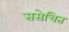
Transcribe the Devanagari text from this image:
ससेचित